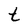
Character: t